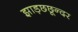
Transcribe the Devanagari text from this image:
झाड़छछून्दर